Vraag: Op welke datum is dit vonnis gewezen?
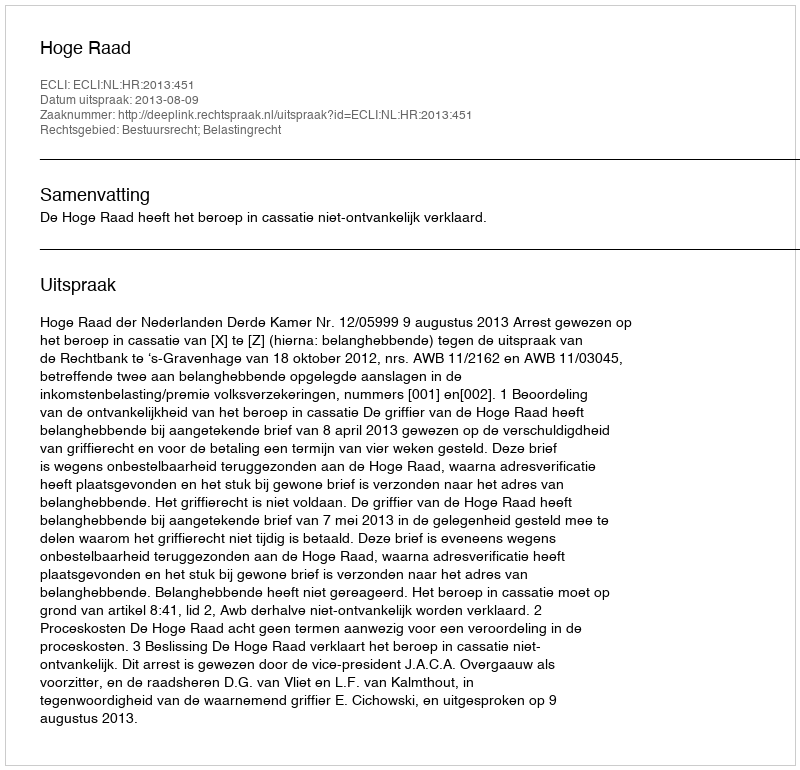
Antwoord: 2013-08-09